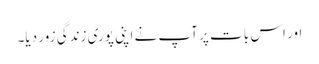
اور اس بات پر آپ نے اپنی پوری زندگی زور دیا۔